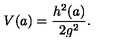
V ( a ) = \frac { h ^ { 2 } ( a ) } { 2 g ^ { 2 } } .